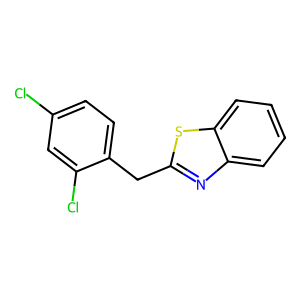
SMILES: Clc1ccc(Cc2nc3ccccc3s2)c(Cl)c1
Inhibits HIV replication: No